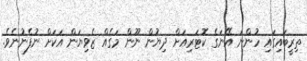
ތިރީބައިގައި ހުންނަ އޭނަގެ ކޮޓަރިއަށް ދިޔުން ނޫން މަގެއް ޒެވިޔަން އަކަށް ނުފެނުނެވެ.